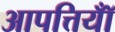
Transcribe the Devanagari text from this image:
आपत्तियॉँ